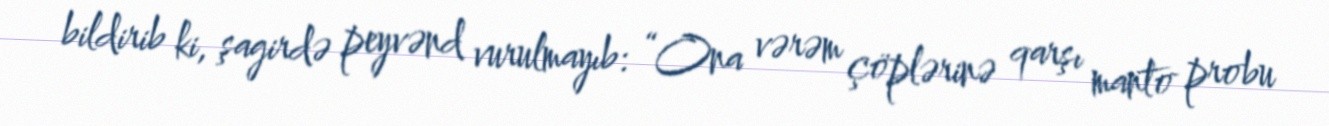
bildirib ki, şagirdə peyvənd vurulmayıb: “Ona vərəm çöplərinə qarşı manto probu